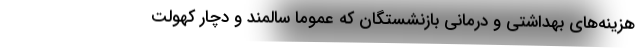
هزینه‌های بهداشتی و درمانی بازنشستگان که عموماً سالمند و دچار کهولت